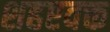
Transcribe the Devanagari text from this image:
शहएवक्त